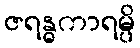
ဇရန္ဓကာရမ္ပိ